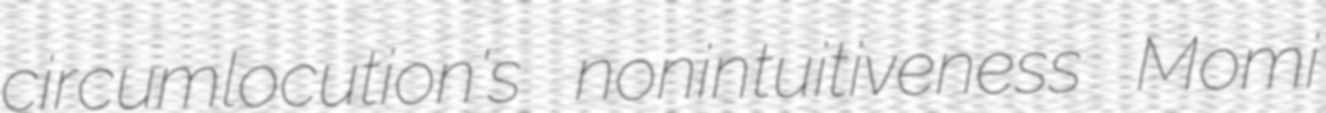
circumlocution's nonintuitiveness Momi